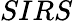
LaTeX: SIRS